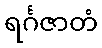
ရင်္ဂဇာတံ